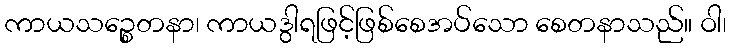
ကာယသဉ္စေတနာ၊ ကာယဒွါရဖြင့်ဖြစ်စေအပ်သော စေတနာသည်။ ဝါ၊